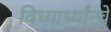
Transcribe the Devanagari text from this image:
विध्यार्थ्यांन्चे